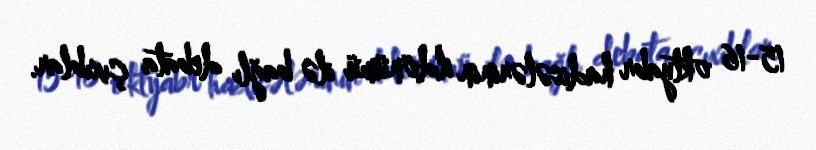
15-16 oktyabr hadisələrinin ildönümü ilə bağlı debata çıxıblar.